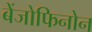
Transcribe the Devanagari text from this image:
बेंजोफिनोन